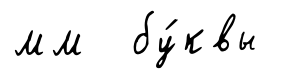
мм бу́квы